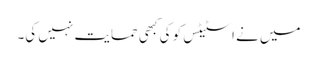
میں نے اسٹیٹس کو کی کبھی حمایت نہیں کی۔